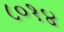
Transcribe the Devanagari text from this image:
८०१४